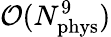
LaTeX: \mathcal{O}(N_{\mathrm{phys}}^{9})